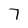
Character: 7